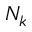
N _ { k }